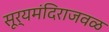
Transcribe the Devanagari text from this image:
सूर्यमंदिराजवळ